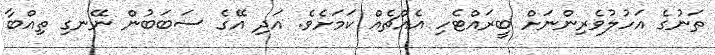
ތަނުގެ އަހުލުވެރިންނަށް ބީރައްޓެހި އެއްޗެއް ކަމަށެވެ. އަދި އޭގެ ސަބަބުން ނޭނގި ތިއްބާ